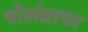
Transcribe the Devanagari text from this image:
पोलंडाचा